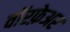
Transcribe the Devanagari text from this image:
वॉरफ़ेअर